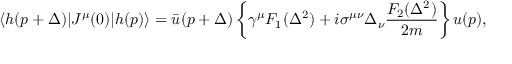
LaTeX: \langle h ( p + \Delta ) \vert J ^ { \mu } ( 0 ) \vert h ( p ) \rangle = \bar { u } ( p + \Delta ) \left\{ \gamma ^ { \mu } F _ { 1 } ( \Delta ^ { 2 } ) + i \sigma ^ { \mu \nu } \Delta _ { \nu } \frac { F _ { 2 } ( \Delta ^ { 2 } ) } { 2 m } \right\} u ( p ) ,